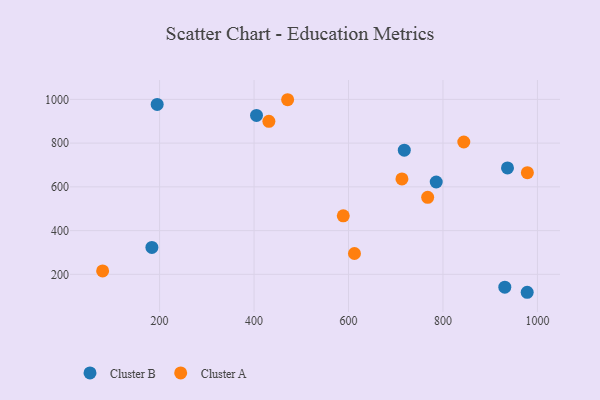
{"axis": {"x": "Engine Size", "y": "Salary"}, "legend": ["Cluster A", "Cluster B"], "data": [{"x": "194.9", "y": 977.2, "type": "Cluster B"}, {"x": "936.6", "y": 686.5, "type": "Cluster B"}, {"x": "718.1", "y": 767.8, "type": "Cluster B"}, {"x": "785.7", "y": 622.2, "type": "Cluster B"}, {"x": "183.7", "y": 322.9, "type": "Cluster B"}, {"x": "978.3", "y": 118.0, "type": "Cluster B"}, {"x": "930.9", "y": 141.2, "type": "Cluster B"}, {"x": "405.2", "y": 926.9, "type": "Cluster B"}, {"x": "79.4", "y": 215.5, "type": "Cluster A"}, {"x": "978.7", "y": 665.1, "type": "Cluster A"}, {"x": "431.4", "y": 899.8, "type": "Cluster A"}, {"x": "471.1", "y": 998.5, "type": "Cluster A"}, {"x": "767.6", "y": 552.0, "type": "Cluster A"}, {"x": "844.1", "y": 805.2, "type": "Cluster A"}, {"x": "588.9", "y": 467.8, "type": "Cluster A"}, {"x": "612.6", "y": 295.3, "type": "Cluster A"}, {"x": "713.1", "y": 636.5, "type": "Cluster A"}]}